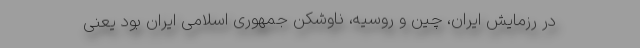
در رزمایش ایران، چین و روسیه، ناوشکن جمهوری اسلامی ایران بود یعنی